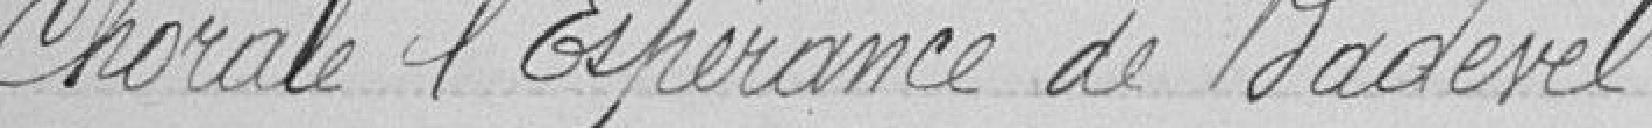
chorale de l'Espérance de Badevel